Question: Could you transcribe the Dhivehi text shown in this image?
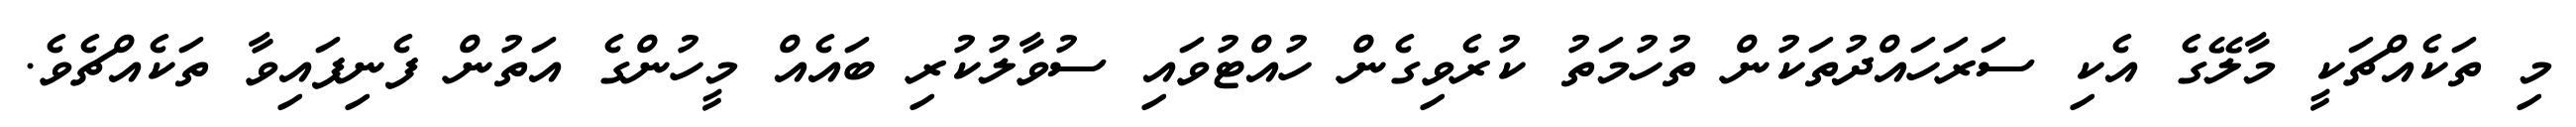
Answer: މި ތަކެއްޗަކީ މާލޭގެ އެކި ސަރަހައްދުތަކުން ތުހުމަތު ކުރެވިގެން ހުއްޓުވައި ސުވާލުކުރި ބައެއް މީހުންގެ އަތުން ފެނިފައިވާ ތަކެއްޗެވެ.